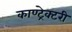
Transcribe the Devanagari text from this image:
काण्ट्रेक्टरी